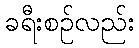
ခရီးစဉ်လည်း